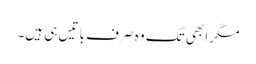
مگر ابھی تک وہ صرف باتیں ہی ہیں۔